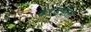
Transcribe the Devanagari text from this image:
करडईला